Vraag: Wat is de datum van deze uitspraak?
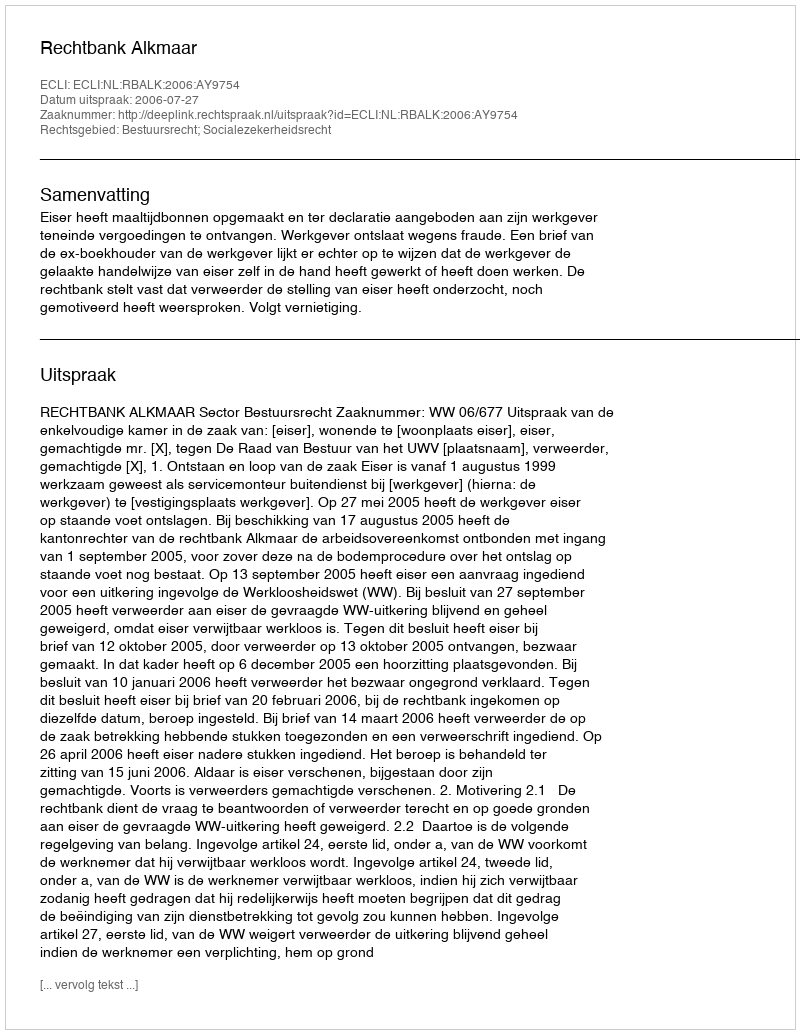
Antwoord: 2006-07-27